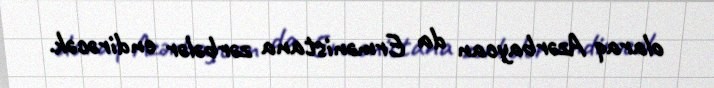
olaraq Azərbaycan da Ermənistana zərbələr endirəcək.